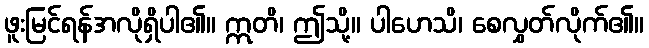
ဖူးမြင်ရန်အလိုရှိပါ၏။ ဣတိ၊ ဤသို့။ ပါဟေသိ၊ စေလွှတ်လိုက်၏။